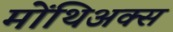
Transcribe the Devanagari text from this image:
मोंथिअक्स